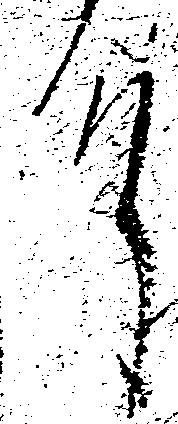
殿